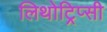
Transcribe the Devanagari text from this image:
लिथोट्रिप्सी